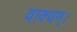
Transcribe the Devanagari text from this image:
वाक्यम्।